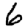
Digit: 6